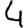
Digit: 4